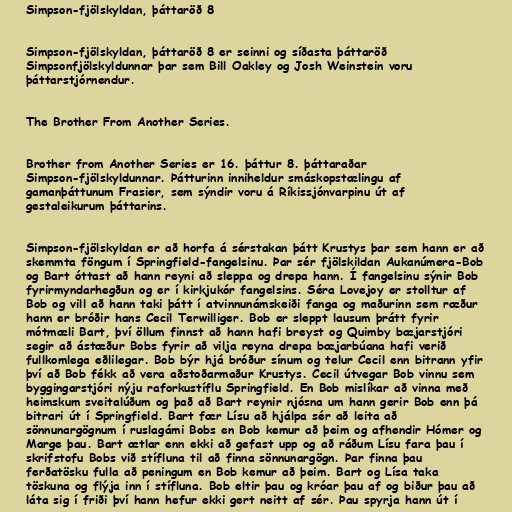
Simpson-fjölskyldan, þáttaröð 8

Simpson-fjölskyldan, þáttaröð 8 er seinni og síðasta þáttaröð
Simpsonfjölskyldunnar þar sem Bill Oakley og Josh Weinstein voru
þáttarstjórnendur.

The Brother From Another Series.

Brother from Another Series er 16. þáttur 8. þáttaraðar
Simpson-fjölskyldunnar. Þátturinn inniheldur smáskopstælingu af
gamanþáttunum Frasier, sem sýndir voru á Ríkissjónvarpinu út af
gestaleikurum þáttarins.

Simpson-fjölskyldan er að horfa á sérstakan þátt Krustys þar sem hann er að
skemmta föngum í Springfield-fangelsinu. Þar sér fjölskildan Aukanúmera-Bob
og Bart óttast að hann reyni að sleppa og drepa hann. Í fangelsinu sýnir Bob
fyrirmyndarhegðun og er í kirkjukór fangelsins. Séra Lovejoy er stolltur af
Bob og vill að hann taki þátt í atvinnunámskeiði fanga og maðurinn sem ræður
hann er bróðir hans Cecil Terwilliger. Bob er sleppt lausum þrátt fyrir
mótmæli Bart, því öllum finnst að hann hafi breyst og Quimby bæjarstjóri
segir að ástæður Bobs fyrir að vilja reyna drepa bæjarbúana hafi verið
fullkomlega eðlilegar. Bob býr hjá bróður sínum og telur Cecil enn bitrann yfir
því að Bob fékk að vera aðstoðarmaður Krustys. Cecil útvegar Bob vinnu sem
byggingarstjóri nýju raforkustíflu Springfield. En Bob mislíkar að vinna með
heimskum sveitalúðum og það að Bart reynir njósna um hann gerir Bob enn þá
bitrari út í Springfield. Bart fær Lísu að hjálpa sér að leita að
sönnunargögnum í ruslagámi Bobs en Bob kemur að þeim og afhendir Hómer og
Marge þau. Bart ætlar enn ekki að gefast upp og að ráðum Lísu fara þau í
skrifstofu Bobs við stífluna til að finna sönnunargögn. Þar finna þau
ferðatösku fulla að peningum en Bob kemur að þeim. Bart og Lísa taka
töskuna og flýja inn í stífluna. Bob eltir þau og króar þau af og biður þau að
láta sig í friði því hann hefur ekki gert neitt af sér. Þau spyrja hann út í